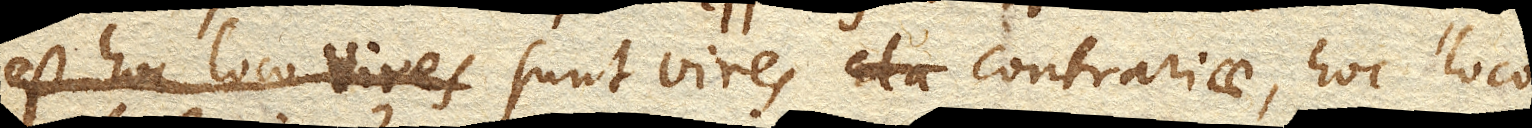
est hoc loco vires. sunt vires contrariae, hoc loco